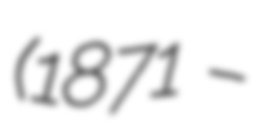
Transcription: (1871 –